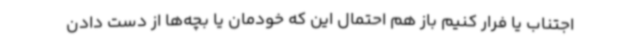
اجتناب یا فرار کنیم باز هم احتمال این که خودمان یا بچه‌ها از دست دادن